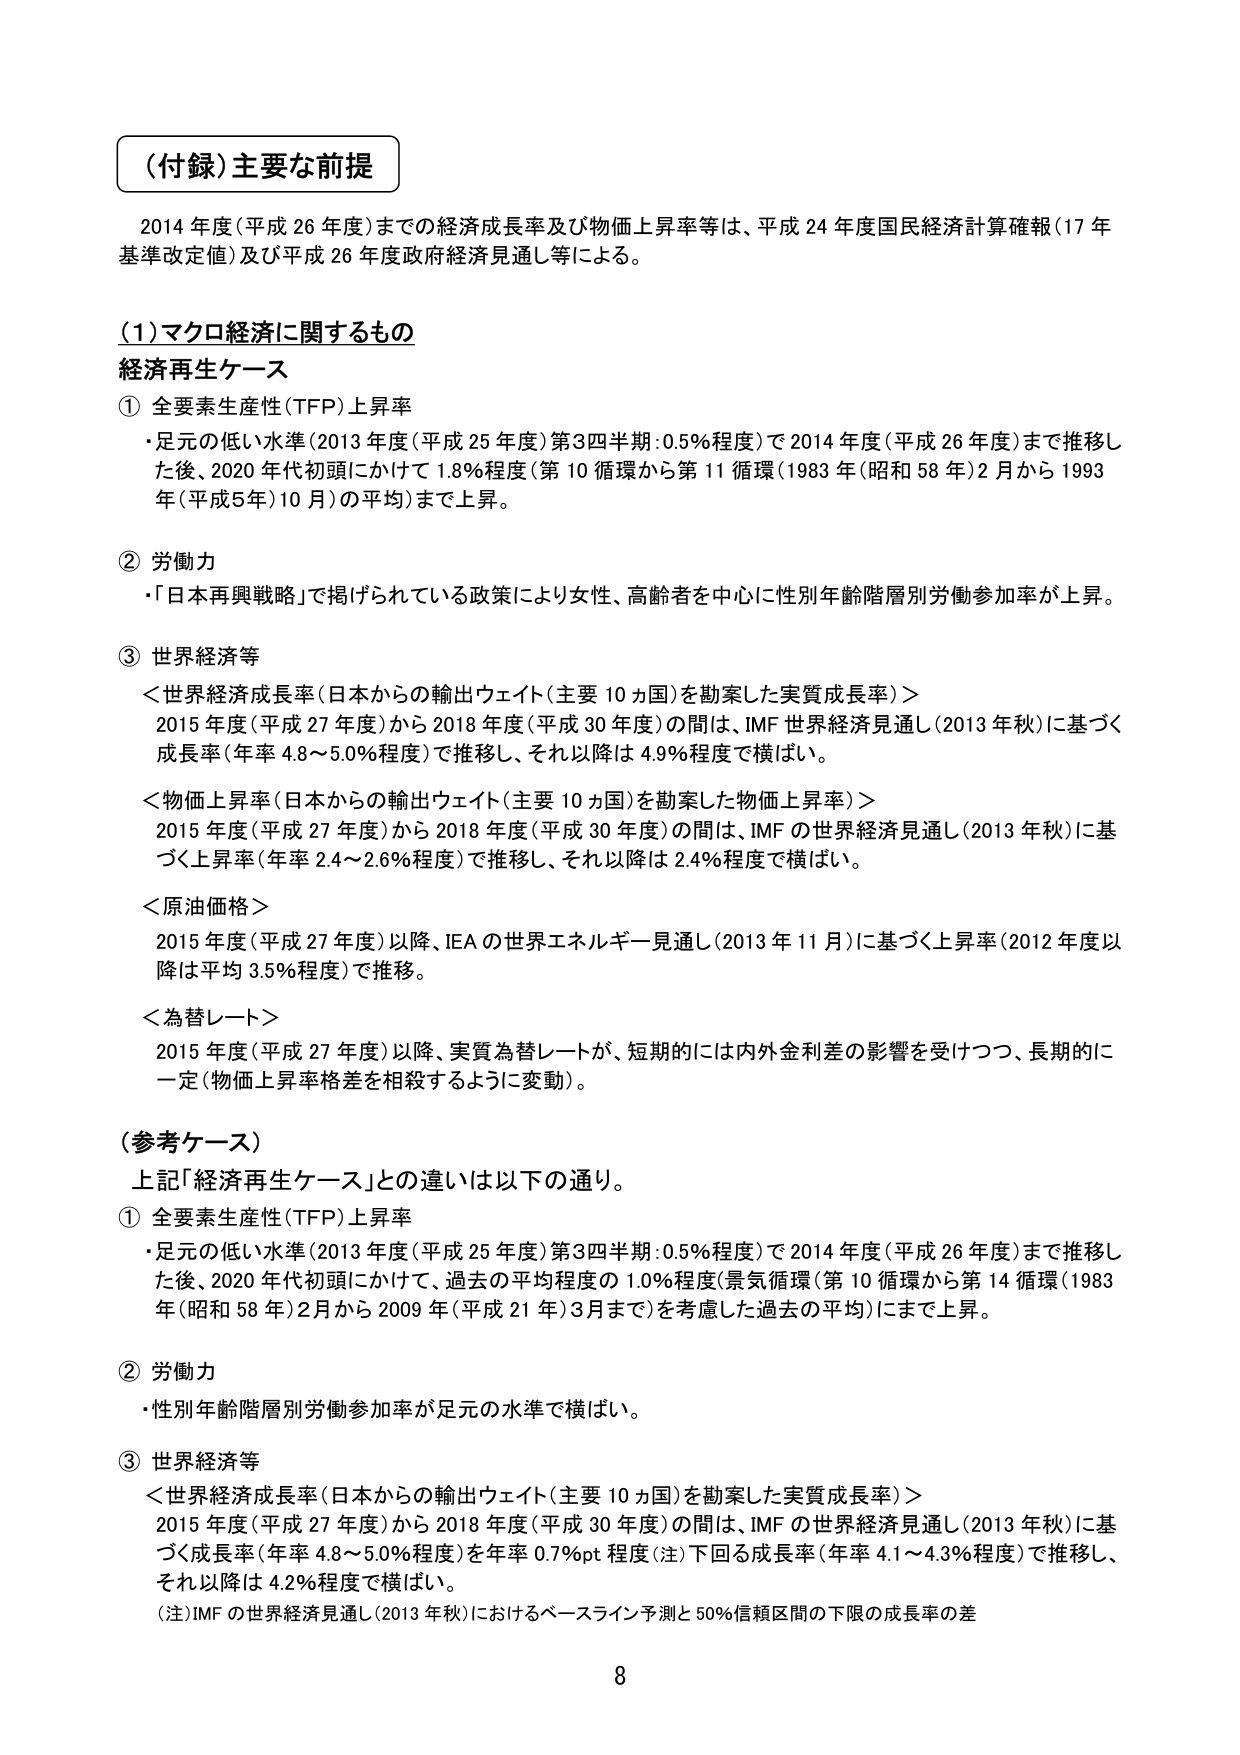
（付録）主要な前提

2014年度（平成26年度）までの経済成長率及び物価上昇率等は、平成24年度国民経済計算確報（17年基準改定値）及び平成26年度政府経済見通し等による。

（1）マクロ経済に関するもの

経済再生ケース

① 全要素生産性（TFP）上昇率
・足元の低い水準（2013年度（平成25年度）第3四半期：0.5％程度）で2014年度（平成26年度）まで推移した後、2020年代初頭にかけて1.8％程度（第10循環から第11循環（1983年（昭和58年）2月から1993年（平成5年）10月）の平均）まで上昇。

② 労働力
・「日本再興戦略」で掲げられている政策により女性、高齢者を中心に性別年齢階層別労働参加率が上昇。

③ 世界経済等
＜世界経済成長率（日本からの輸出ウェイト（主要10ヵ国）を勘案した実質成長率）＞
2015年度（平成27年度）から2018年度（平成30年度）の間は、IMF世界経済見通し（2013年秋）に基づく成長率（年率4.8～5.0％程度）で推移し、それ以降は4.9％程度で横ばい。

＜物価上昇率（日本からの輸出ウェイト（主要10ヵ国）を勘案した物価上昇率）＞
2015年度（平成27年度）から2018年度（平成30年度）の間は、IMFの世界経済見通し（2013年秋）に基づく上昇率（年率2.4～2.6％程度）で推移し、それ以降は2.4％程度で横ばい。

＜原油価格＞
2015年度（平成27年度）以降、IEAの世界エネルギー見通し（2013年11月）に基づく上昇率（2012年度以降は平均3.5％程度）で推移。

＜為替レート＞
2015年度（平成27年度）以降、実質為替レートが、短期的には内外金利差の影響を受けつつ、長期的に一定（物価上昇率格差を相殺するように変動）。

（参考ケース）
上記「経済再生ケース」との違いは以下の通り。

① 全要素生産性（TFP）上昇率
・足元の低い水準（2013年度（平成25年度）第3四半期：0.5％程度）で2014年度（平成26年度）まで推移した後、2020年代初頭にかけて、過去の平均程度の1.0％程度（景気循環（第10循環から第14循環（1983年（昭和58年）2月から2009年（平成21年）3月まで）を考慮した過去の平均））まで上昇。

② 労働力
・性別年齢階層別労働参加率が足元の水準で横ばい。

③ 世界経済等
＜世界経済成長率（日本からの輸出ウェイト（主要10ヵ国）を勘案した実質成長率）＞
2015年度（平成27年度）から2018年度（平成30年度）の間は、IMFの世界経済見通し（2013年秋）に基づく成長率（年率4.8～5.0％程度）を年率0.7％pt程度（注）下回る成長率（年率4.1～4.3％程度）で推移し、それ以降は4.2％程度で横ばい。
（注）IMFの世界経済見通し（2013年秋）におけるベースライン予測と50％信頼区間の下限の成長率の差

8